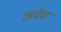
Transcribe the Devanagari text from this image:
अचेरा